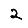
Digit: 2